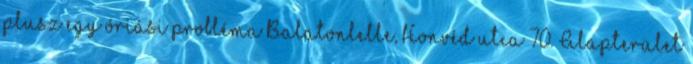
plusz egy óriási probléma Balatonlelle, Honvéd utca 70. Alapterület